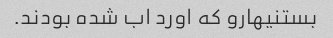
بستنیهارو که اورد اب شده بودند.